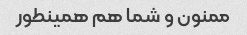
ممنون و شما هم همینطور